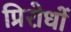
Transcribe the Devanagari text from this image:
प्रिरोधों